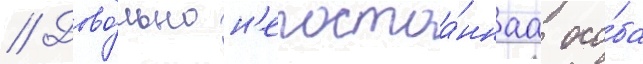
// Дово́льно н'епостоа́ннаа осо́ба